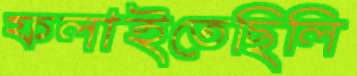
ফলাইতেছিলি